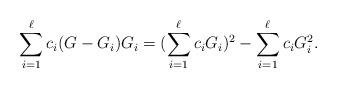
LaTeX: \begin{align*}\sum_{i=1}^{\ell} c_i(G-G_i)G_i=(\sum_{i=1}^{\ell} c_i G_i)^2-\sum_{i=1}^{\ell} c_iG_i^2.\end{align*}